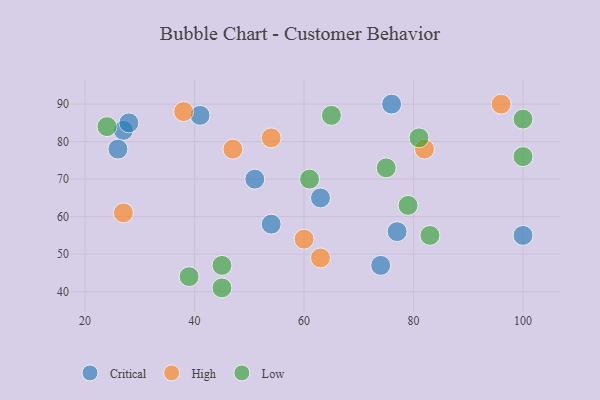
{"axis": {"x": "GDP", "y": "Life Expectancy"}, "legend": ["Critical", "High", "Low"], "data": [{"x": "77", "y": 56, "type": "Critical"}, {"x": "51", "y": 70, "type": "Critical"}, {"x": "27", "y": 83, "type": "Critical"}, {"x": "28", "y": 85, "type": "Critical"}, {"x": "26", "y": 78, "type": "Critical"}, {"x": "74", "y": 47, "type": "Critical"}, {"x": "41", "y": 87, "type": "Critical"}, {"x": "63", "y": 65, "type": "Critical"}, {"x": "54", "y": 58, "type": "Critical"}, {"x": "100", "y": 55, "type": "Critical"}, {"x": "76", "y": 90, "type": "Critical"}, {"x": "63", "y": 49, "type": "High"}, {"x": "38", "y": 88, "type": "High"}, {"x": "60", "y": 54, "type": "High"}, {"x": "54", "y": 81, "type": "High"}, {"x": "47", "y": 78, "type": "High"}, {"x": "96", "y": 90, "type": "High"}, {"x": "82", "y": 78, "type": "High"}, {"x": "27", "y": 61, "type": "High"}, {"x": "79", "y": 63, "type": "Low"}, {"x": "61", "y": 70, "type": "Low"}, {"x": "45", "y": 41, "type": "Low"}, {"x": "75", "y": 73, "type": "Low"}, {"x": "39", "y": 44, "type": "Low"}, {"x": "45", "y": 47, "type": "Low"}, {"x": "100", "y": 76, "type": "Low"}, {"x": "24", "y": 84, "type": "Low"}, {"x": "81", "y": 81, "type": "Low"}, {"x": "65", "y": 87, "type": "Low"}, {"x": "83", "y": 55, "type": "Low"}, {"x": "100", "y": 86, "type": "Low"}]}